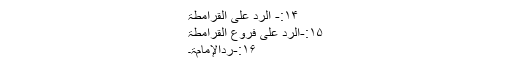
۱۴:- الردّ علی القرامطۃ
۱۵:-الردّ علی فروع القرامطۃ
۱۶:-ردّالإمامۃ۔